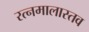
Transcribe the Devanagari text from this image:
रत्नमालास्तव